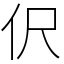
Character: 伬